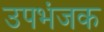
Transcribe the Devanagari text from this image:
उपभंजक